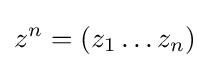
z^{n}=\left(z_{1}\ldots z_{n}\right)